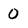
Character: 0